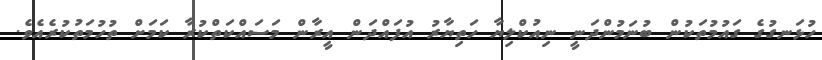
ހުޅަނގުގެ ގައުމުތަކުން ބުނަމުންދަނީ ނިއުކްލިޔާ ހަތިޔާރު އުފައްދަން އީރާން މަސައްކަތްކުރާ ކަމަށް ތުހުމަތުކުރެއެވެ.